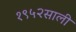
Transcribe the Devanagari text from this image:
१९५२साली